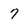
Character: 7